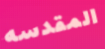
المقدسه